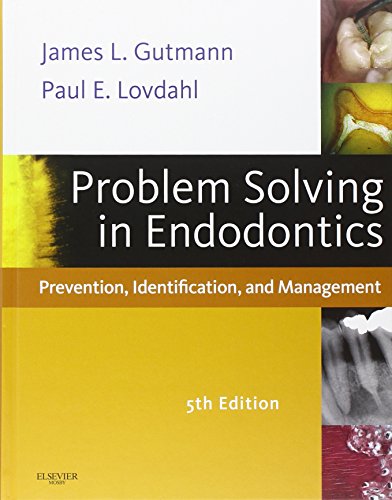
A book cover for Problem Solving in Endodontics: Prevention, Identification and Management, 5e; James L. Gutmann DDS  CertEndo  PhD(honoris causa)  FACD  FICD  FADI; Medical Books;